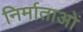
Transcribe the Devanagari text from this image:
निर्माताआें